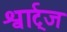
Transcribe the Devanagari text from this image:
श्वार्ट्‌ज